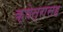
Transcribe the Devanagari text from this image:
क्षेत्रासह